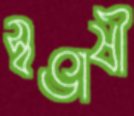
স্বভাষী